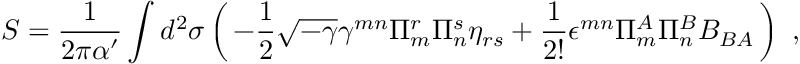
S = \frac { 1 } { 2 \pi \alpha ^ { \prime } } \int d ^ { 2 } \sigma \left( \, - \frac { 1 } { 2 } \sqrt { - \gamma } \gamma ^ { m n } \Pi _ { m } ^ { r } \Pi _ { n } ^ { s } \eta _ { r s } + \frac { 1 } { 2 ! } \epsilon ^ { m n } \Pi _ { m } ^ { A } \Pi _ { n } ^ { B } B _ { B A } \, \right) ~ ,